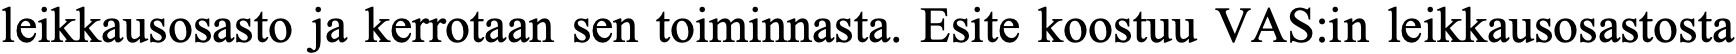
leikkausosasto ja kerrotaan sen toiminnasta. Esite koostuu VAS:in leikkausosastosta